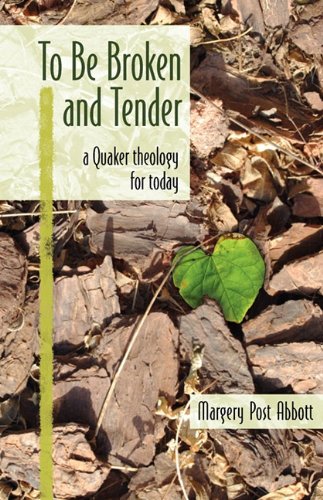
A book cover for To Be Broken and Tender: A Quaker Theology for Today; Margery Post Abbott; Christian Books & Bibles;